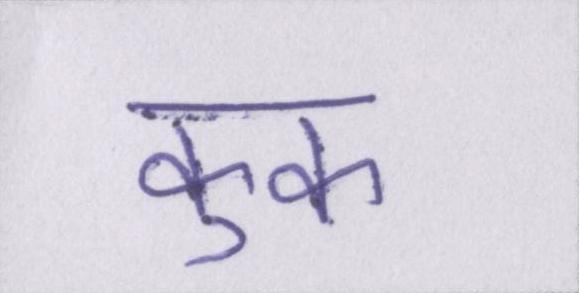
कुक